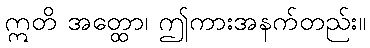
ဣတိ အတ္ထော၊ ဤကားအနက်တည်း။